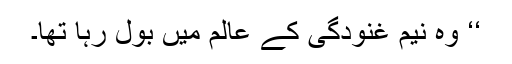
‘‘ وہ نیم غنودگی کے عالم میں بول رہا تھا۔